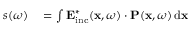
\begin{array} { r l } { s ( \omega ) } & { { } = \int \mathbf { E } _ { \mathrm { i n c } } ^ { * } ( \mathbf { x } , \omega ) \cdot \mathbf { P } ( \mathbf { x } , \omega ) \, \mathrm { d } \mathbf { x } } \end{array}